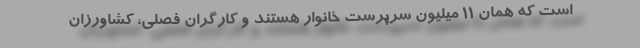
است که همان ۱۱ میلیون سرپرست خانوار هستند و کارگران فصلی، کشاورزان